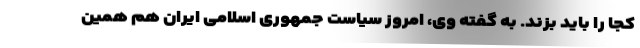
کجا را باید بزند. به گفته وی، امروز سیاست جمهوری اسلامی ایران هم همین